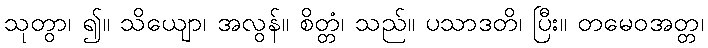
သုတွာ၊ ၍။ သိယျော၊ အလွန်။ စိတ္တံ၊ သည်။ ပသာဒတိ၊ ပြီး။ တမေဝအတ္တ၊